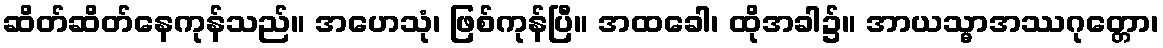
ဆိတ်ဆိတ်နေကုန်သည်။ အဟေသုံ၊ ဖြစ်ကုန်ပြီ။ အထခေါ၊ ထိုအခါ၌။ အာယသ္မာအဿဂုတ္တော၊